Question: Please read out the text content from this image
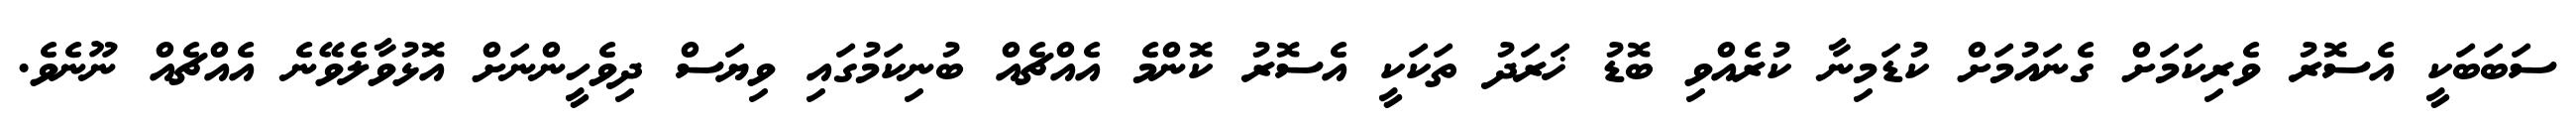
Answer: ސަބަބަކީ އެސޮރު ވެރިކަމަށް ގެނައުމަށް ކުޑަމިނާ ކުރެއްވި ބޮޑު ޚަރަދު ތަކަކީ އެސޮރު ކޮންމެ އެއްޗެއް ބުނިކަމުގައި ވިޔަސް ދިވެހީންނަށް އޮޅުވާލެވޭނެ އެއްޗެއް ނޫނެވެ.